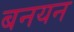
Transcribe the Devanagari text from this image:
बनयन